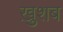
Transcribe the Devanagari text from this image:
ख़ुशब